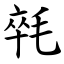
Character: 㲞